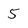
Character: 5